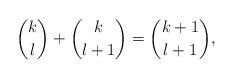
LaTeX: \begin{align*} \binom{k}{l}+\binom{k}{l+1}=\binom{k+1}{l+1},\end{align*}